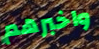
واخبرهم